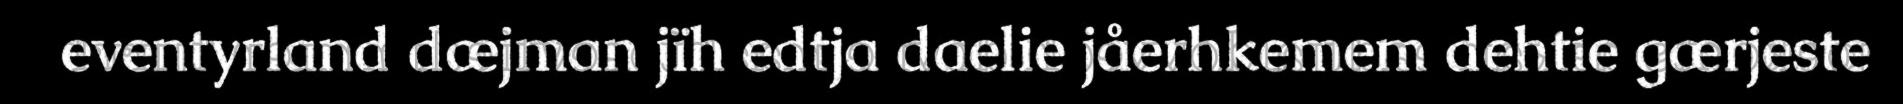
eventyrland dæjman jïh edtja daelie jåerhkemem dehtie gærjeste